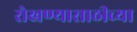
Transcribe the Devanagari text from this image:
रोखण्यासाठीच्या